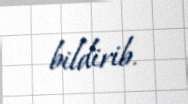
bildirib.